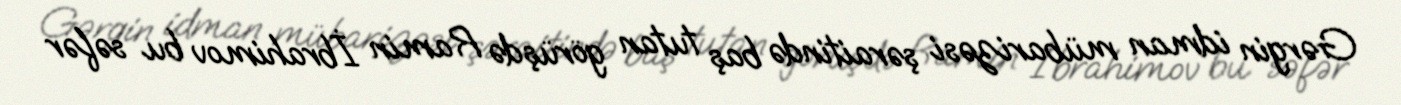
Gərgin idman mübarizəsi şəraitində baş tutan görüşdə Ramin İbrahimov bu səfər